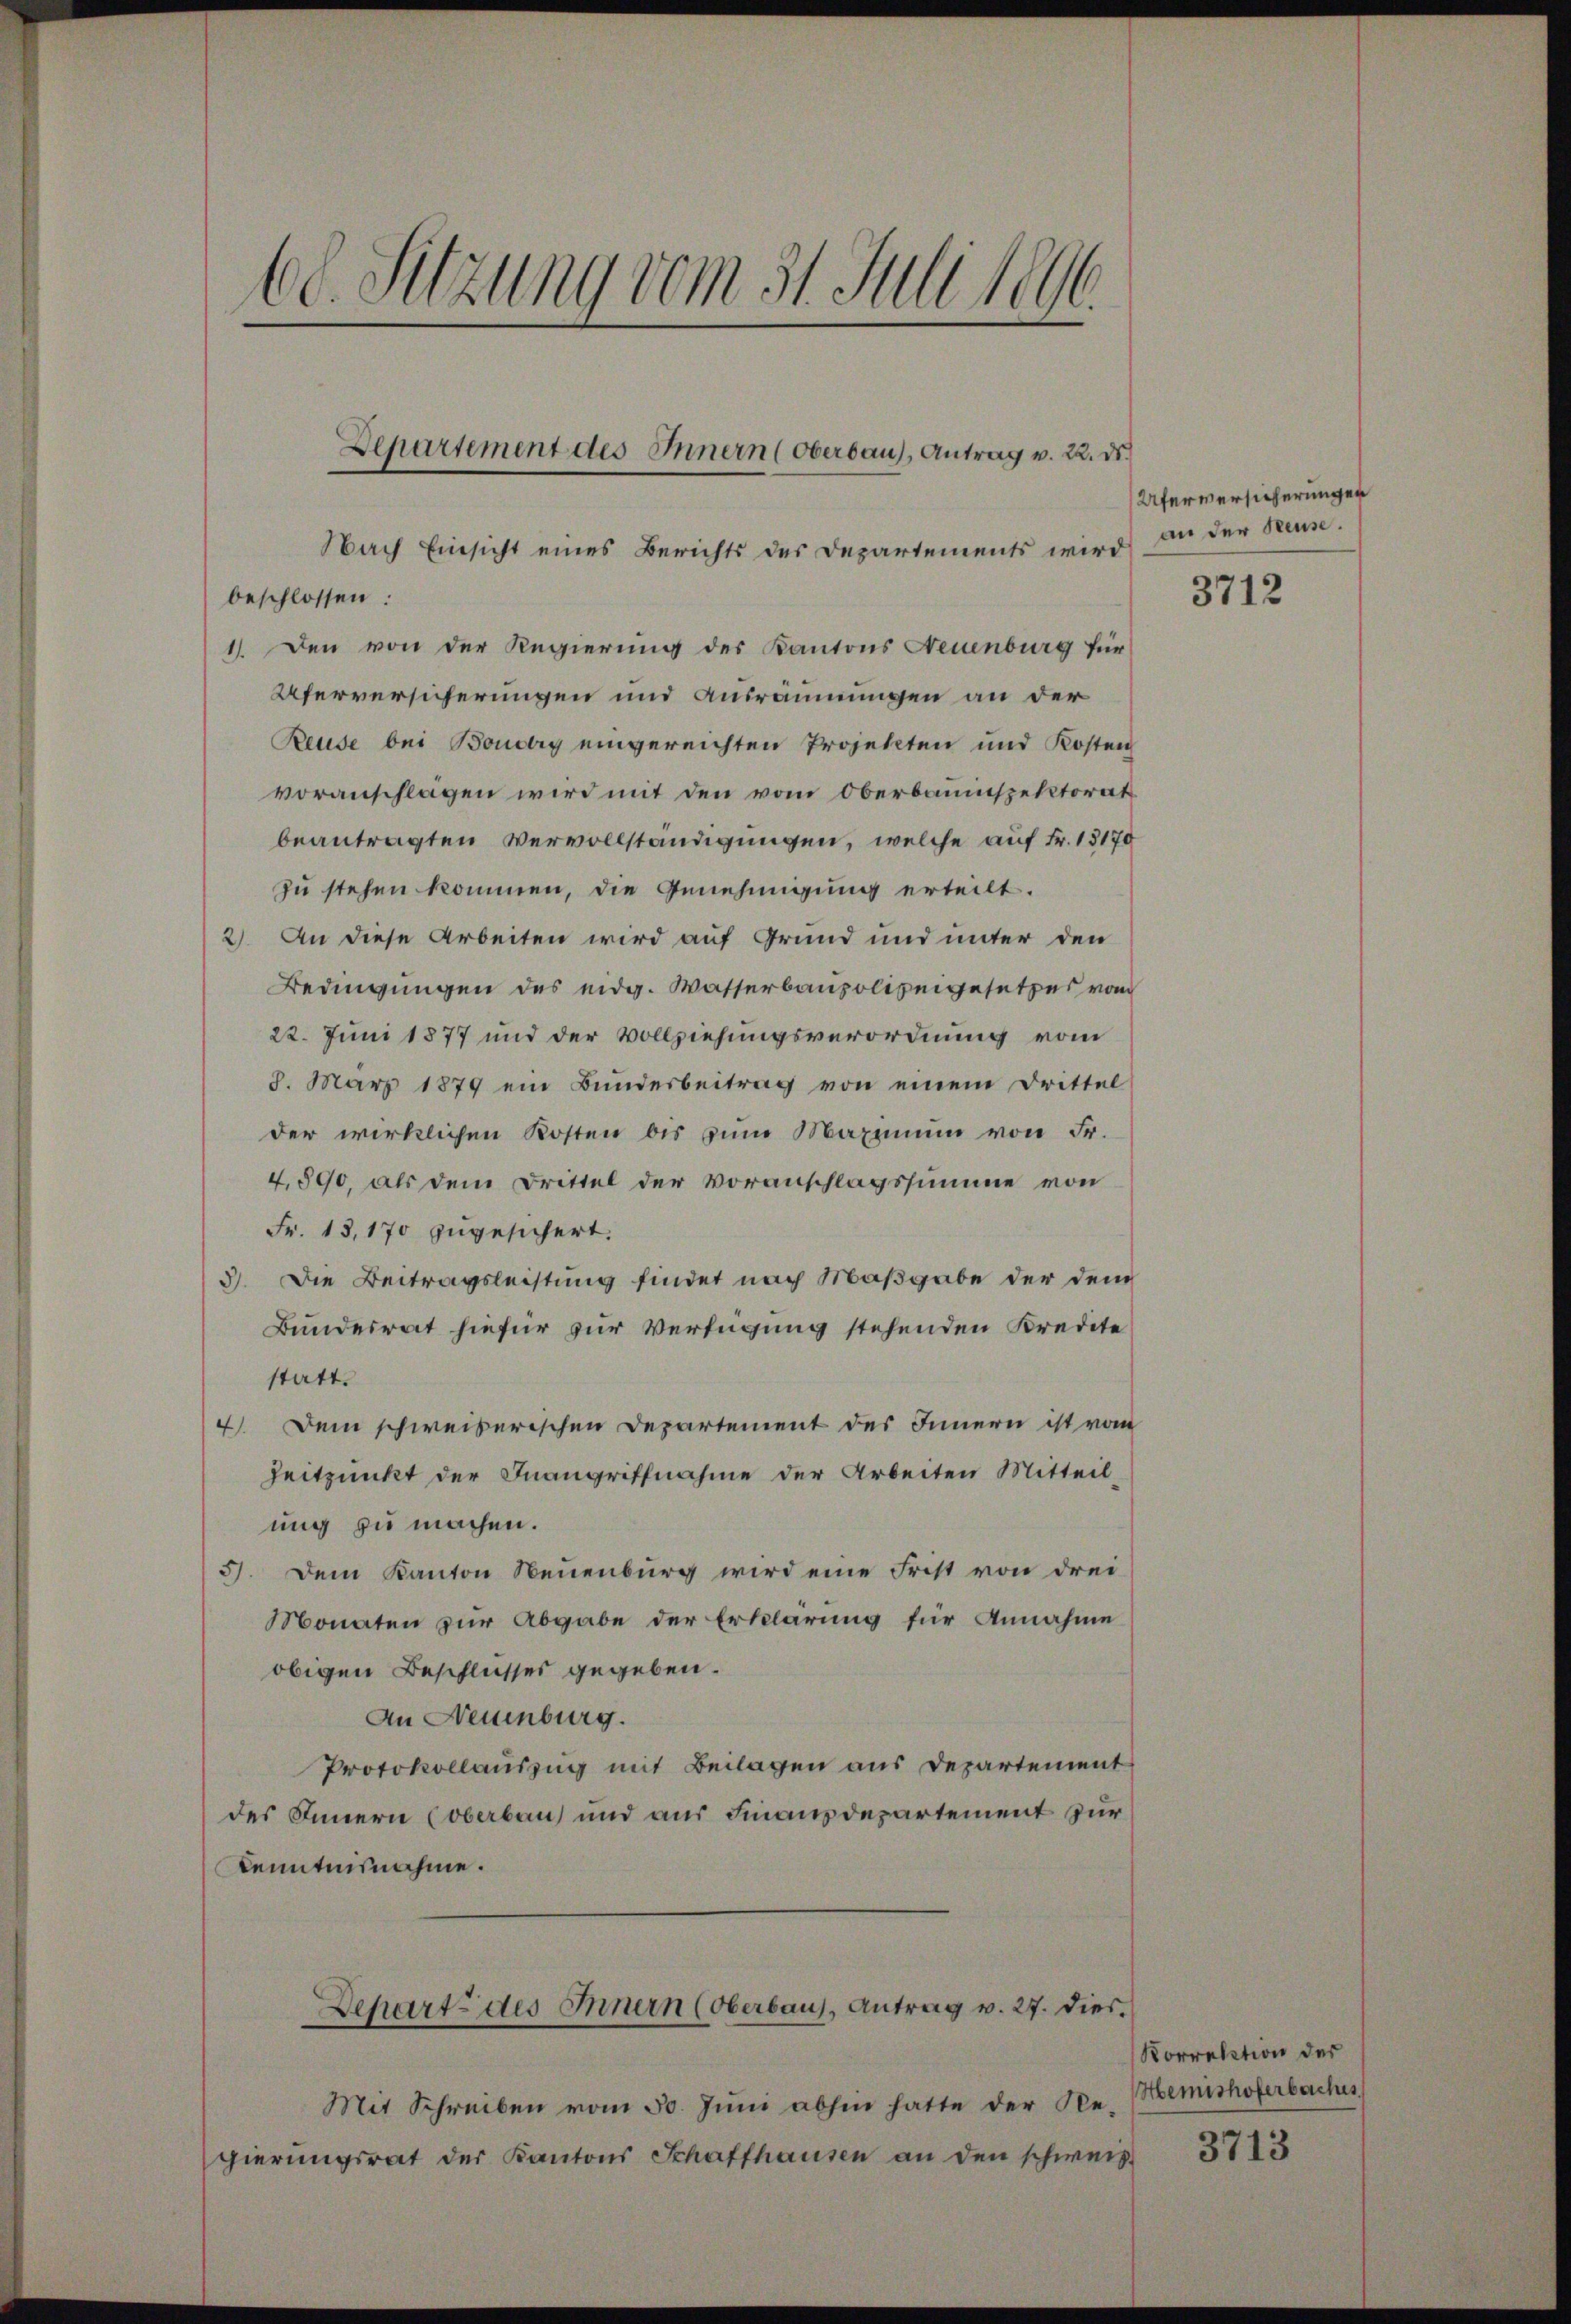
s
60. Sitzung vom 31. Juli 1890.

Departement des Innern (Oberbau), Antrag v. 22. ds.
Nach Einsicht eines Berichts des Departements wird

beschlossen:
1). Den von der Regierung des Kantons Neuenburg für
Uferversicherungen und Ausräumungen an der
Reuse bei Boudry eingereichten Projekten und Kosten
voranschlagen wird mit den vom Oberbauinspektorat
beantragten Vervollständigungen, welche auf Fr. 13170
zu stehen kommen, die Genehmigung erteilt.
2) An diese Arbeiten wird auf Grund und unter den
Bedingungen des eidg. Wasserbaupolizeigesetzes vom
22. Juni 1877 und der Vollziehungsverordnung vom
8. März 1879 ein Bŭnderbeitrag von einem Drittel
der wirklichen Kosten bis zum Maximum von Fr.
4,890, als dem Drittel der Voranschlagssumme von
Fr. 13,170 zugesichert.
3). Die Beitragsleistung findet nach Maßgabe der dem
Bundesrat hiefür zur Verfügung stehenden Kredite
statt.
Dem schweiberischen Departement des Innern ist vom
4.
Zeitpunkt der Inangriffnahme der Arbeiten Mitteilung zu machen.
5). Dem Kanton Neuenburg wird eine Frist von drei
Monaten zur Abgabe der Erklärung für Annahme
obigen Beschlusses gegeben.
An Neuenburg.
Protokollauszug mit Beilagen aus Departement
des Innern (oberbau und aus Finanzdepartement zur
Kenntnisnahme.
Dehart des Innern (Oberbaus, Antrag v. 27. Dies
Mit Schreiben vom 30. Juni abhin hatte der Regierungsrat der Kantons Schaffhausen an den schweis

Uferversicherungen
an der Reuse.

3712

Korrektion der
Hemishoferbaches

3713